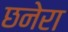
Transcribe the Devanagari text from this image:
छनेरा